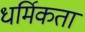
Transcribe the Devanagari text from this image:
धर्मिकता